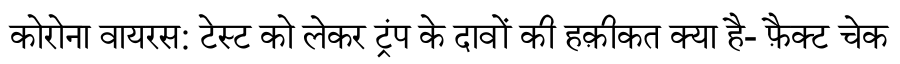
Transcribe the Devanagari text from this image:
कोरोना वायरस: टेस्ट को लेकर ट्रंप के दावों की हक़ीकत क्या है- फ़ैक्ट चेक